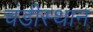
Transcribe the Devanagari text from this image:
चंडीस्थान